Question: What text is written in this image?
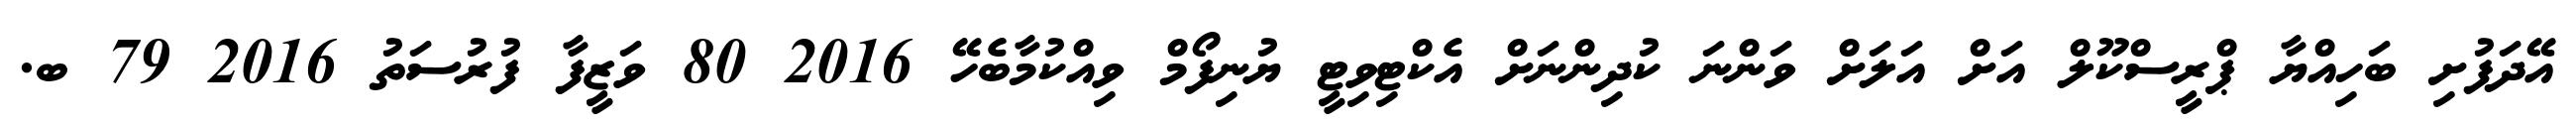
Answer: އޭދަފުށި ބަހިއްޔާ ޕްރީސްކޫލް އަށް އަލަށް ވަންނަ ކުދިންނަށް އެކްޓިވިޓީ ޔުނިފޯމް ވިއްކުމާބެހޭ 2016 80 ވަޒީފާ ފުރުސަތު 2016 79 ބ.